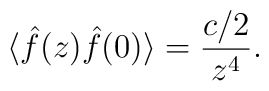
\langle \hat f(z) \hat f(0)\rangle = {c/2\over z^4}.